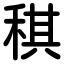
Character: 稘